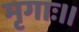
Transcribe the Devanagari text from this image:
मृगाः।।